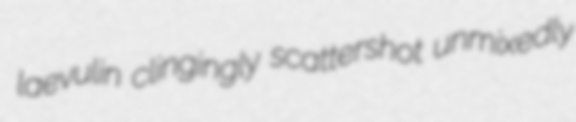
laevulin clingingly scattershot unmixedly